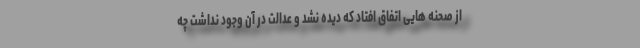
از صحنه هایی اتفاق افتاد که دیده نشد و عدالت در آن وجود نداشت چه